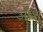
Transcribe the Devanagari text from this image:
आँशु